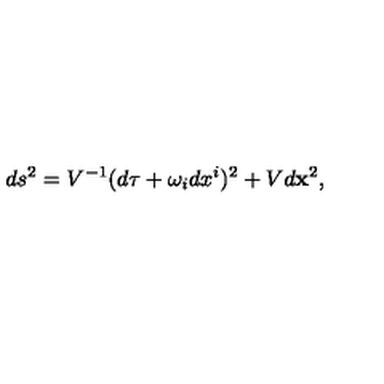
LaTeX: d s ^ { 2 } = V ^ { - 1 } ( d \tau + \omega _ { i } d x ^ { i } ) ^ { 2 } + V d { \bf x } ^ { 2 } ,